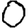
Digit: 0